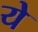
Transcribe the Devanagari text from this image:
येे